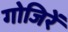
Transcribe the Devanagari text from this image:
गोजिरें